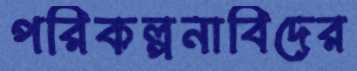
পরিকল্পনাবিদের